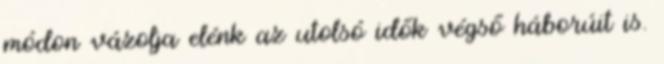
módon vázolja elénk az utolsó idők végső háborúit is.